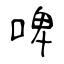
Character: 啤